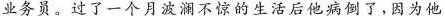
的业务员，过了一个月波澜不惊的生活后他病倒了，因为他